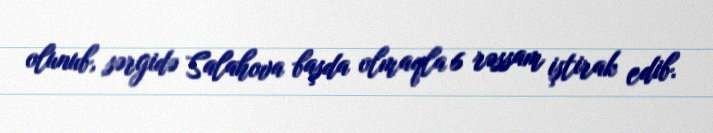
olunub, sərgidə Salahova başda olmaqla 6 rəssam iştirak edib.